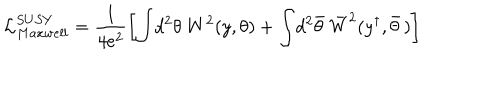
{ \cal L } _ { M a x w e l l } ^ { S U S Y } = \frac { 1 } { 4 e ^ { 2 } } \left[ \int \! d ^ { 2 } \theta ~ W ^ { 2 } \! \left( y , \theta \right) + \int \! d ^ { 2 } \bar { \theta } ~ \bar { W } ^ { 2 } ( y ^ { \dagger } , \bar { \theta } \, ) \right]